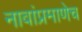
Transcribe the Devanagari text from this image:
नावांप्रमाणेच